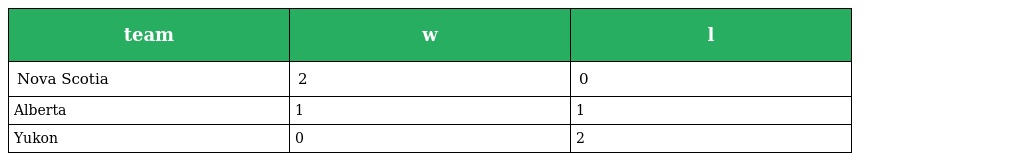
| team | w | l |
 | --- | --- | --- |
 | Nova Scotia | 2 | 0 |
 | Alberta | 1 | 1 |
 | Yukon | 0 | 2 |